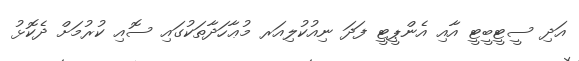
އަދި ސީޓީބީޓީ އާއި އެންޕީޓީ ފަދަ ނިއުކުލިއަރ މުޢާހަދާތަކުގައި ސޮއި ކުރުމަށް ދެކޮޅު